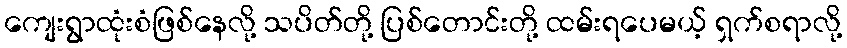
ကျေးရွာထုံးစံဖြစ်နေလို့ သပိတ်တို့ ပြစ်တောင်းတို့ ထမ်းရပေမယ့် ရှက်စရာလို့